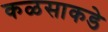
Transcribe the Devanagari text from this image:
कळसाकडे